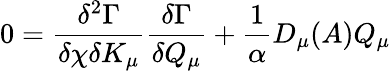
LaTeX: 0=\frac{\delta^{2}\Gamma}{\delta\chi\delta K_{\mu}}\frac{\delta\Gamma}{\delta Q_{\mu}}+\frac{1}{\alpha}D_{\mu}(A)Q_{\mu}